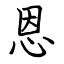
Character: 恩